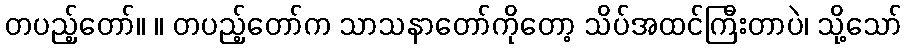
တပည့်တော်။ ။ တပည့်တော်က သာသနာတော်ကိုတော့ သိပ်အထင်ကြီးတာပဲ၊ သို့သော်